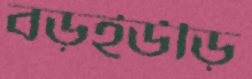
বড়ইউড়ি